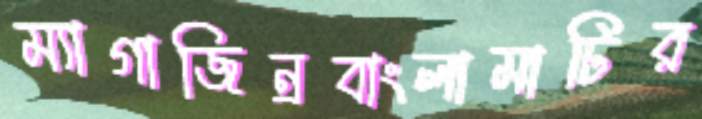
ম্যাগাজিন্রবাংলামাটির